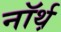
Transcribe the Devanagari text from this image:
नॉर्थ़